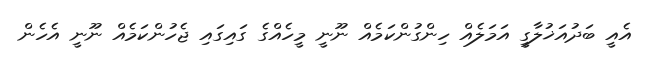
އެއީ ބަދުއަޚުލާގީ އަމަލެއް ހިންގުންކަމެއް ނޫނީ މީހެއްގެ ގައިގައި ޖެހުންކަމެއް ނޫނީ އެހެން